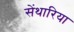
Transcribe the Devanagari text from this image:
सेंथारिया